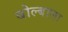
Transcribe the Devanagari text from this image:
बोल्बाला